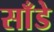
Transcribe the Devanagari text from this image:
साँडे